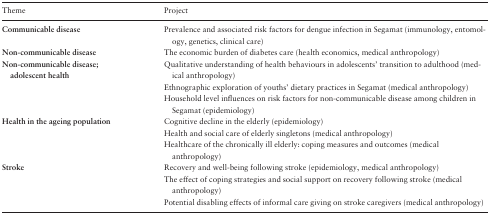
<table><thead><tr><td><b>Theme</b></td><td><b>Project</b></td></tr></thead><tbody><tr><td><b>Communicable disease</b></td><td>Prevalence and associated risk factors for dengue infection in Segamat (immunology, entomology, genetics, clinical care)</td></tr><tr><td><b>Non-communicable disease</b></td><td>The economic burden of diabetes care (health economics, medical anthropology)</td></tr><tr><td><b>Non-communicable disease; adolescent health</b></td><td>Qualitative understanding of health behaviours in adolescents&#x27; transition to adulthood (medical anthropology)</td></tr><tr><td></td><td>Ethnographic exploration of youths&#x27; dietary practices in Segamat (medical anthropology)</td></tr><tr><td></td><td>Household level influences on risk factors for non-communicable disease among children in Segamat (epidemiology)</td></tr><tr><td><b>Health in the ageing population</b></td><td>Cognitive decline in the elderly (epidemiology)</td></tr><tr><td></td><td>Health and social care of elderly singletons (medical anthropology)</td></tr><tr><td></td><td>Healthcare of the chronically ill elderly: coping measures and outcomes (medical anthropology)</td></tr><tr><td><b>Stroke</b></td><td>Recovery and well-being following stroke (epidemiology, medical anthropology)</td></tr><tr><td></td><td>The effect of coping strategies and social support on recovery following stroke (medical anthropology)</td></tr><tr><td></td><td>Potential disabling effects of informal care giving on stroke caregivers (medical anthropology)</td></tr></tbody></table>